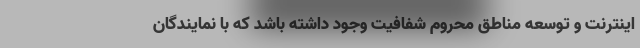
اینترنت و توسعه مناطق محروم شفافیت وجود داشته باشد که با نمایندگان